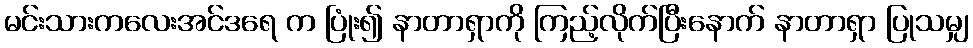
မင်းသားကလေးအင်ဒရေ က ပြုံး၍ နာတာရှာကို ကြည့်လိုက်ပြီးနောက် နာတာရှာ ပြုသမျှ